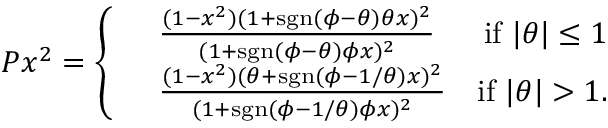
P x ^ { 2 } = \left\{ \begin{array} { r l r } & { \frac { ( 1 - x ^ { 2 } ) ( 1 + \mathrm { s g n } ( \phi - \theta ) \theta x ) ^ { 2 } } { ( 1 + \mathrm { s g n } ( \phi - \theta ) \phi x ) ^ { 2 } } } & { \mathrm { i f } ~ \vert \theta \vert \le 1 } \\ & { \frac { ( 1 - x ^ { 2 } ) ( \theta + \mathrm { s g n } ( \phi - 1 / \theta ) x ) ^ { 2 } } { ( 1 + \mathrm { s g n } ( \phi - 1 / \theta ) \phi x ) ^ { 2 } } } & { \mathrm { i f } ~ \vert \theta \vert > 1 . } \end{array} \right.